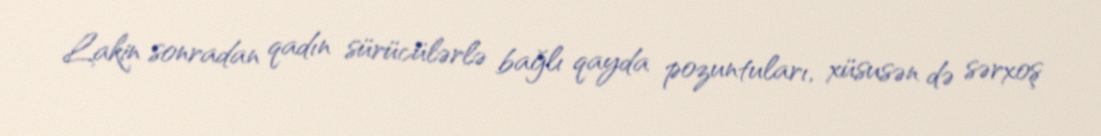
Lakin sonradan qadın sürücülərlə bağlı qayda pozuntuları, xüsusən də sərxoş